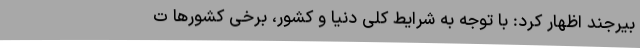
بیرجند اظهار کرد: با توجه به شرایط کلی دنیا و کشور، برخی کشورها ت